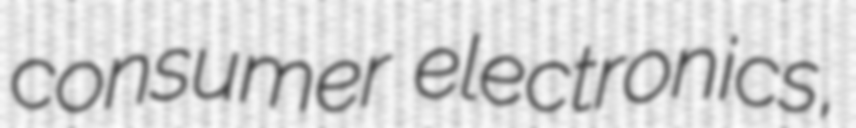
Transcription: consumer electronics,